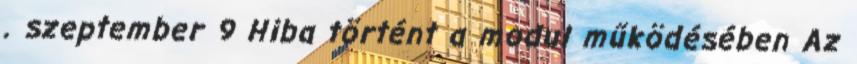
. szeptember 9 Hiba történt a modul működésében Az